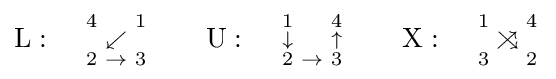
\mathrm {L} :\quad {\begin{smallmatrix}4&&1\\&\swarrow &\\2&\rightarrow &3\end{smallmatrix}}\qquad \mathrm {U} :\quad {\begin{smallmatrix}1&&4\\\downarrow &&\uparrow \\2&\rightarrow &3\end{smallmatrix}}\qquad \mathrm {X} :\quad {\begin{smallmatrix}1&&4\\&\searrow \!\!\!\!\!\!\nearrow &\\3&&2\end{smallmatrix}}